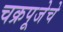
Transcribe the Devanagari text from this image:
चक्रपूजेचे